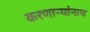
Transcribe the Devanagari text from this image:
करणाऱ्यांनाच